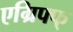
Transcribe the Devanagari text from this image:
एग्रिफ्फ्